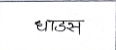
मजकूर: धाडस